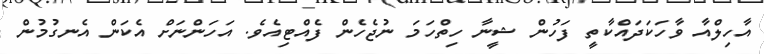
އާހިލްއާ ވާހަކަދައްކާތީ ފަހުން ޝީނާ ހިތްހަމަ ނުޖެހެން ފެއްޓިއެވެ. އަހަންނަށް އެކަން އެނގުމުން